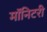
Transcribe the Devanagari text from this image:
मॉनिटरी